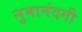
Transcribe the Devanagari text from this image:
नुमानंदगी